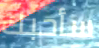
سأحبك